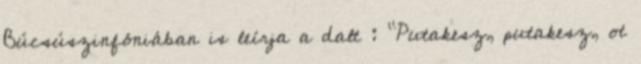
Búcsúszinfóniában is leírja a dalt : "Putakesz, putakesz, ot